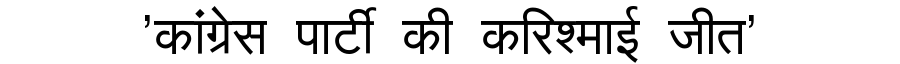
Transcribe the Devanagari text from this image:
'कांग्रेस पार्टी की करिश्माई जीत'